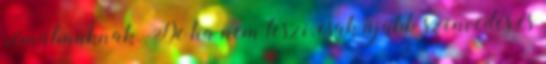
rémálmuknak. De ha nem teszi, csak újabb szenvedés és